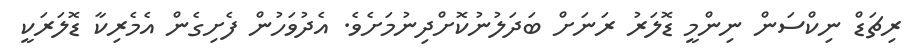
ރިޗަޑް ނިކްސަން ނިންމީ ޑޮލަރު ރަނަށް ބަދަލުނުކޮށްދިނުމަށެވެ. އެދުވަހުން ފެށިގެން އެމެރިކާ ޑޮލަރަކީ